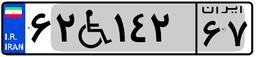
۶۲W۱۴۲۶۷